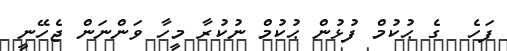
ފަހެ  ގެ ޙުކުމް ފުޅުން ޙުކުމް ނުކުރާ މީހާ ވަންނަން ޖެހޭނީ